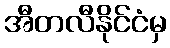
အီတလီနိုင်ငံမှ